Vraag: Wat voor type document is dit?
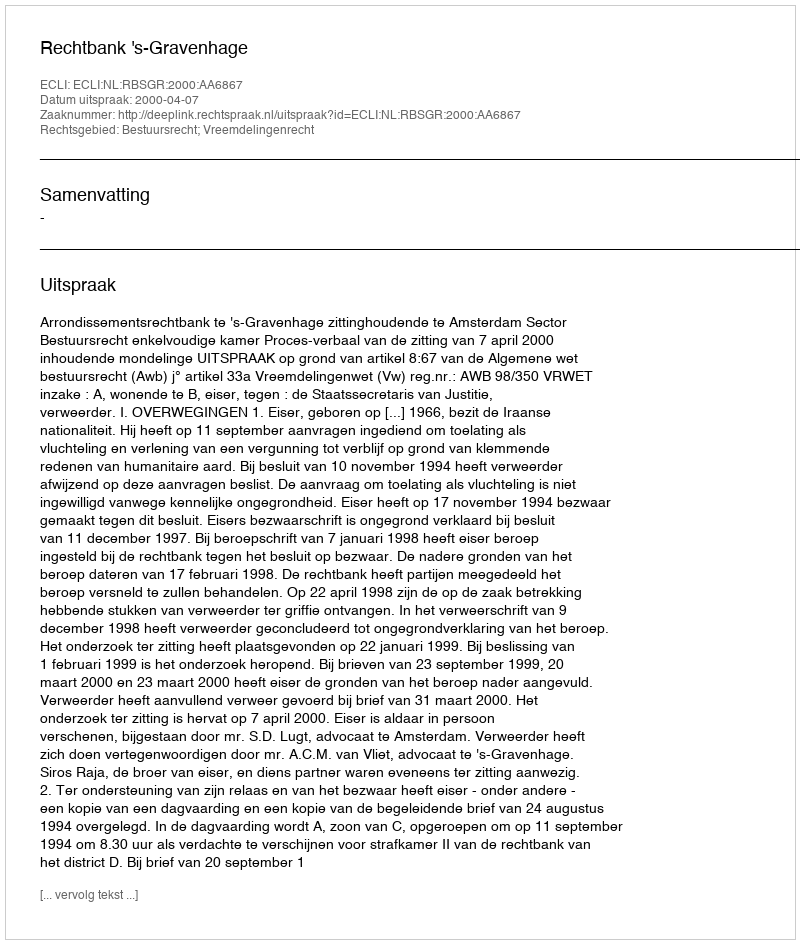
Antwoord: Uitspraak